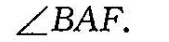
∠ B A F$$。